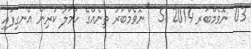
03 ނޮވެމްބަރ 2014 51  "ނޮވެމްބަރު ތިނެއްގެ ހަމަލާ ކުރިން އެނގިފައި